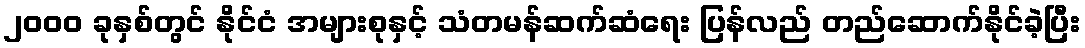
၂၀၀၀ ခုနှစ်တွင် နိုင်ငံ အများစုနှင့် သံတမန်ဆက်ဆံရေး ပြန်လည် တည်ဆောက်နိုင်ခဲ့ပြီး